Annual administration report of the Civil Veterinary Department, Ajmere-Merwara, British Rajputana - 1914-1940
Year: 1914
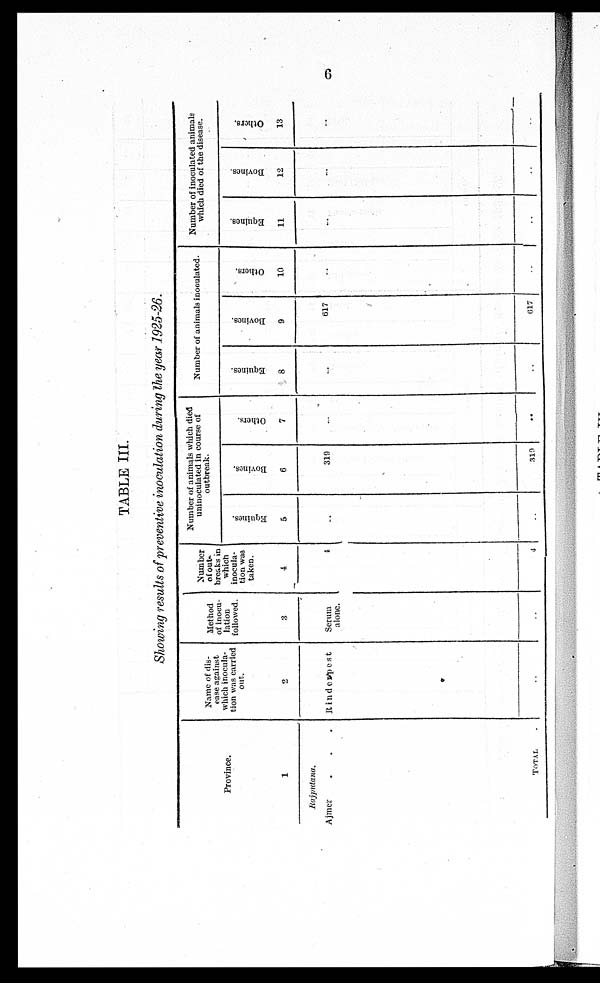
6
TABLE III.
Showing results of preventive inoculation during the year 1925-26.
Province.
1
Rajputana.
Ajmer . . .
TOTAL
Name of dis-
ease against
which inocula-
tion was carried
out.
2
Rinderpest
Method
of inocu-
lation
followed.
3
Serum
alone.
Number
of out¬
breaks in
which
inocula-
tion was
taken.
4
4
4
Number of animals which died
uninoculated in course of
outbreak.
Equines.
5
..
..
Bovines.
6
319
319
Others.
7
..
..
Number of animals inoculated.
Equines.
8
...
..
Bovines.
9
617
617
Others.
10
..
..
Number of inoculated animals
which died of the disease.
Equines.
11
...
..
Bovines.
12
...
..
Others.
13
...
..